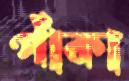
পাঁকা